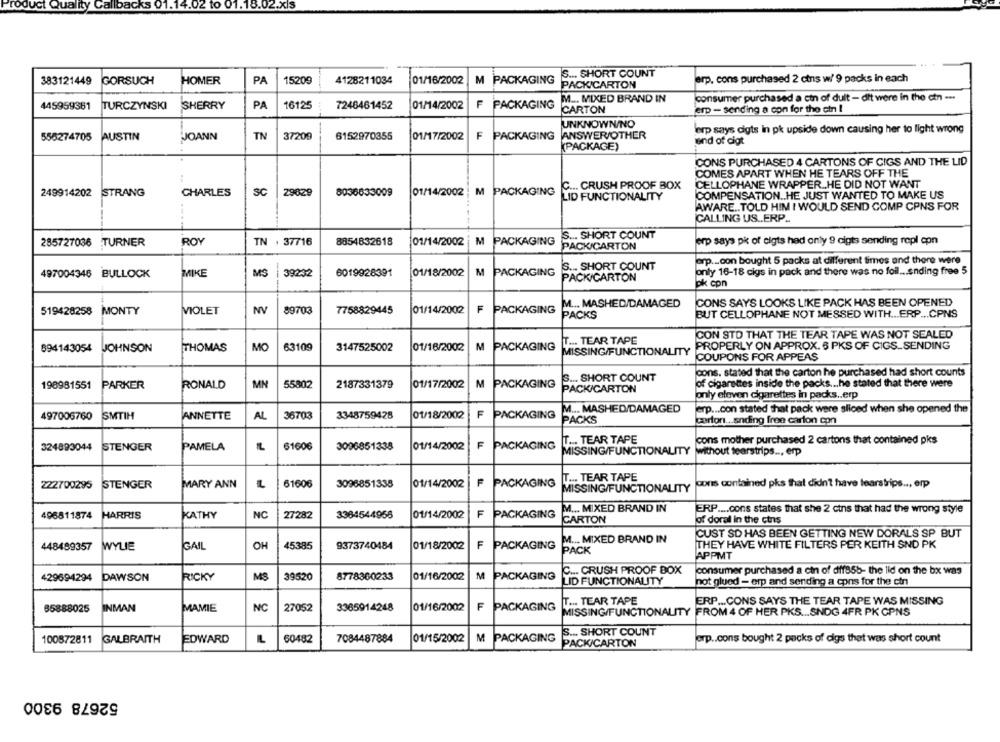
.02
01.18.02.xls
S ... SHORT COUNT
383121449 GORSUCH
HOMER
PA
15209
4128211034
01/16/2002
M
PACKAGING
erp. cons purchased 2 ctns w/ 9 packs in each
PACKICARTON
consumer purchased a ctn of dult - dit were in the ctn --.
F
PACKAGING
M ... MIXED BRAND IN
445959361
TURCZYNSKI SHERRY
PA
16125
7248461452
01/14/2002
CARTON
erp - sending a con for the cin I
UNKNOWN/NO
erp says cigts in pk upside down causing her to light wrong
556274705
AUSTIN
JOANN
TN
37209
6152970355
01/17/2002
F PACKAGING
ANSWER/OTHER
end of cigt
(PACKAGE)
CONS PURCHASED 4 CARTONS OF CIGS AND THE LID
COMES APART WHEN HE TEARS OFF THE
C ... CRUSH PROOF BOX
CELLOPHANE WRAPPER .HE DID NOT WANT
249914202
STRANG
CHARLES
SC
29829
8036633009
01/14/2002
M PACKAGING
LID FUNCTIONALITY
COMPENSATION .. HE JUST WANTED TO MAKE US
AWARE .. TOLD HIM I WOULD SEND COMP CPNS FOR
CALLING US .. ERP ..
S ... SHORT COUNT
285727036 TURNER
ROY
TN . 37716
8854832618
01/14/2002 M PACKAGING
erp says pk of cigts hed only 9 cigts sending repl con
PACK/CARTON
orp ._ con bought 5 packs at different times and there were
S ... SHORT COUNT
497004346 BULLOCK
MIKE
MS
39232
6019928391
01/18/2002
M
PACKAGING
only 16-18 cigs in pack and there was no foil ... ending free 5
PACK/CARTON
pk con
M ... MASHED/DAMAGED
CONS SAYS LOOKS LIKE PACK HAS BEEN OPENED
519428258 MONTY
VIOLET
NV
89703
7758829445
01/14/2002
F PACKAGING
PACKS
BUT CELLOPHANE NOT MESSED WITH ... ERP ... CPNS
T ... TEAR TAPE
CON STO THAT THE TEAR TAPE WAS NOT SEALED
894143054
JOHNSON
THOMAS
MO
63109
3147525002
01/16/2002
M
PACKAGING
PROPERLY ON APPROX. 6 PKS OF CIGS_SENDING
MISSING/FUNCTIONALITY
COUPONS FOR APPEAS
cons. stated that the carton he purchased had short counts
S ... SHORT COUNT
198981551
PARKER
RONALD
MN
55802
2187331379
01/17/2002
M PACKAGING
of cigarettes inside the packs ... he stated that there were
PACK/CARTON
only eleven cigarettes in packs .. erp
M ... MASHED/DAMAGED
erp ... con stated that pack were sliced when she opened the
497006760
SMTIH
ANNETTE
AL
36703
3348759428
01/18/2002
F
PACKAGING
PACKS
corton ... snding free carlon con
3096851338
01/14/2002
F
PACKAGING
T ... TEAR TAPE
cons mother purchased 2 cartons that contained pks
324893044
STENGER
PAMELA
61606
MISSING/FUNCTIONALITY
without tearstrips ... erp
F
PACKAGING
T ... TEAR TAPE
222700295
STENGER
MARY ANN
61606
3096851338
01/14/2002
MISSING/FUNCTIONALITY
cons contained pks that didn't have learstrips ... erp
PACKAGING
M ... MIXED BRAND IN
ERP .... cons states that she 2 cins that had the wrong style
496811874
HARRIS
KATHY
NC
27282
3384544958
01/14/2002
F
CARTON
of doral in the ctns
CUST SD HAS BEEN GETTING NEW DORALS SP BUT
M ... MIXED BRAND IN
448489357
WYLIE
GAIL
OH
45385
9373740484
01/18/2002
F
PACKAGING
PACK
THEY HAVE WHITE FILTERS PER KEITH SND PK
APPMT
C ... CRUSH PROOF BOX
consumer purchased a cin of dff95b- the lid on the bx was
429694294
DAWSON
RICKY
MS
39520
8778360233
01/16/2002
M
PACKAGING
LID FUNCTIONALITY
not glued - erp and sending a epns for the cin
T ... TEAR TAPE
ERP ... CONS SAYS THE TEAR TAPE WAS MISSING
35888025
INMAN
MAMIE
NC
27052
3365914248
01/16/2002
F
PACKAGING
MISSING/FUNCTIONALITY FROM 4 OF HER PKS ... SNDG 4FR PK GPNS
100872811
L
7084487884
M
PACKAGING
S ... SHORT COUNT
erp .. cons bought 2 packs of cigs that was short count
GALBRAITH
EDWARD
60482
01/15/2002
PACK/CARTON
52678 9300